King Institute of Preventive Medicine Micro-Biological Section reports 1912-19
Year: 1912
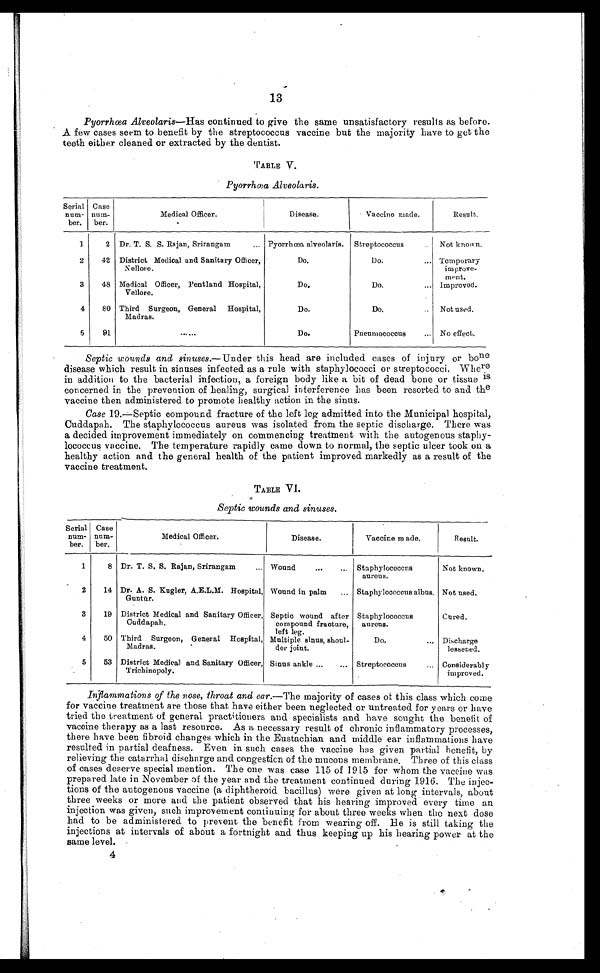
13
Pyorrhœa Alveolaris—Has continued to give the same unsatisfactory results as before.
A few cases seem to benefit by the streptococcus vaccine but the majority have to get the
teeth either cleaned or extracted by the dentist.
TABLE V.
Pyorrhœa Alveolaris.
Serial
num-
ber.
Case
num-
ber.
Medical Officer.
Disease.
Vaccine made.
Result.
1
2 Dr. T. S. S. Rajan, Srirangam . . . Pyorrhœa alveolaris.
Streptococcus
. . . Not known.
2
42 District Medical and Sanitary Officer,
Nellore.
Do.
Do. . . . Temporary
improve- m e n t .
3
48 Medical Officer, Pentland Hospital,
Vellore.
Do.
Do. . . . Improved.
4
80 Third Surgeon, General Hospital,
Madras.
Do.
Do.
. . . Not used.
5
91
. . .
Do.
Pneumococcus . . . No effect.
Septic wounds and sinuses .—Under this head are included cases of injury or bone
disease which result in sinuses infected as a rule with staphylococci or streptococci. Where
in addition to the bacterial infection, a foreign body like a bit of dead bone or tissue is
concerned in the prevention of healing, surgical interference has been resorted to and the
vaccine then administered to promote healthy action in the sinus.
Case 19.—Septic compound fracture of the left leg admitted into the Municipal hospital,
Cuddapah. The staphylococcus aureus was isolated from the septic discharge. There was
a decided improvement immediately on commencing treatment with the autogenous staphy-
lococcus vaccine. The temperature rapidly came down to normal, the septic ulcer took on a
healthy action and the general health of the patient improved markedly as a result of the
vaccine treatment.
TABLE VI.
Septic wounds and sinuses.
Serial
num-
ber.
Case
num-
ber.
Medical Officer.
Disease.
Vaccine made.
Result.
1
8 Dr. T. S. S. Rajan, Srirangam . . . Wound . . . Staphylococcus
aureus.
Not known.
2
14 Dr. A. S. Kugler, A.E.L.M. Hospital,
Guntūr.
Wound in palm . . . Staphylococcus albus. Not used.
3
19 District Medical and Sanitary Officer,
Cuddapah.
Septic wound after
compound fracture,
left leg.
Staphylococcus
aureus.
Cured.
4
50 Third Surgeon, General Hospital,
Madras.
Multiple sinus, shoul-
der joint.
Do.
. . . Discharge
lessened.
5
53 District Medical and Sanitary Officer,
Trichinopoly.
Sinus ankle . . . Streptococcus
. . . Considerably
improved.
Inflammations of the nose, throat and ear. —The majority of cases of this class which come
for vaccine treatment are those that have either been neglected or untreated for years or have
tried the treatment of general practitioners and specialists and have sought the benefit of
vaccine therapy as a last resource. As a necessary result of chronic inflammatory processes,
there have been fibroid changes which in the Eustachian and middle ear inflammations have
resulted in partial deafness. Even in such cases the vaccine has given partial benefit, by
relieving the catarrhal discharge and congestion of the mucous membrane. Three of this class
of cases deserve special mention. The one was case 115 of 1915 for whom the vaccine was
prepared late in November of the year and the treatment continued during 1916. The injec-
tions of the autogenous vaccine (a diphtheroid bacillus) were given at long intervals, about
three weeks or more and the patient observed that his hearing improved every time an
injection was given, such improvement continuing for about three weeks when the next dose
had to be administered to prevent the benefit from wearing off. Be is still taking the
injections at intervals of about a fortnight and thus keeping up his hearing power at the
same level.
4